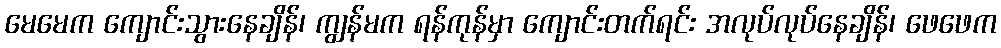
မေမေက ကျောင်းသွားနေချိန်၊ ကျွန်မက ရန်ကုန်မှာ ကျောင်းတက်ရင်း အလုပ်လုပ်နေချိန်၊ ဖေဖေက